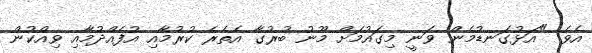
އެވެ. "އަޅުގަނޑުމެން ވަނީ މިގައުމަށް މޫނު ބުރުގާ އެތެރެ ކުރުމާއި އުފެއްދުމާއި ވިއްކުން